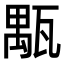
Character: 㼴